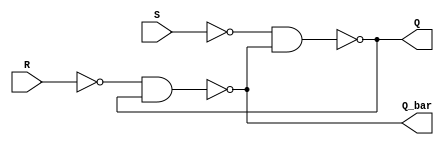

////////////////////GATE LEVEL //////////////////////////////
module SR_FLIPFLOP(S,R,Q,Q_bar);
input S,R;
output Q,Q_bar;
wire nand1_out; // output of nand1 
wire nand2_out; // output of nand2 

nand (nand1_out,S); 
nand (nand2_out,R); 
nand (Q,nand1_out,Q_bar);
nand (Q_bar,nand2_out,Q);

endmodule